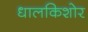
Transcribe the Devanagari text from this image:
धालकिशोर